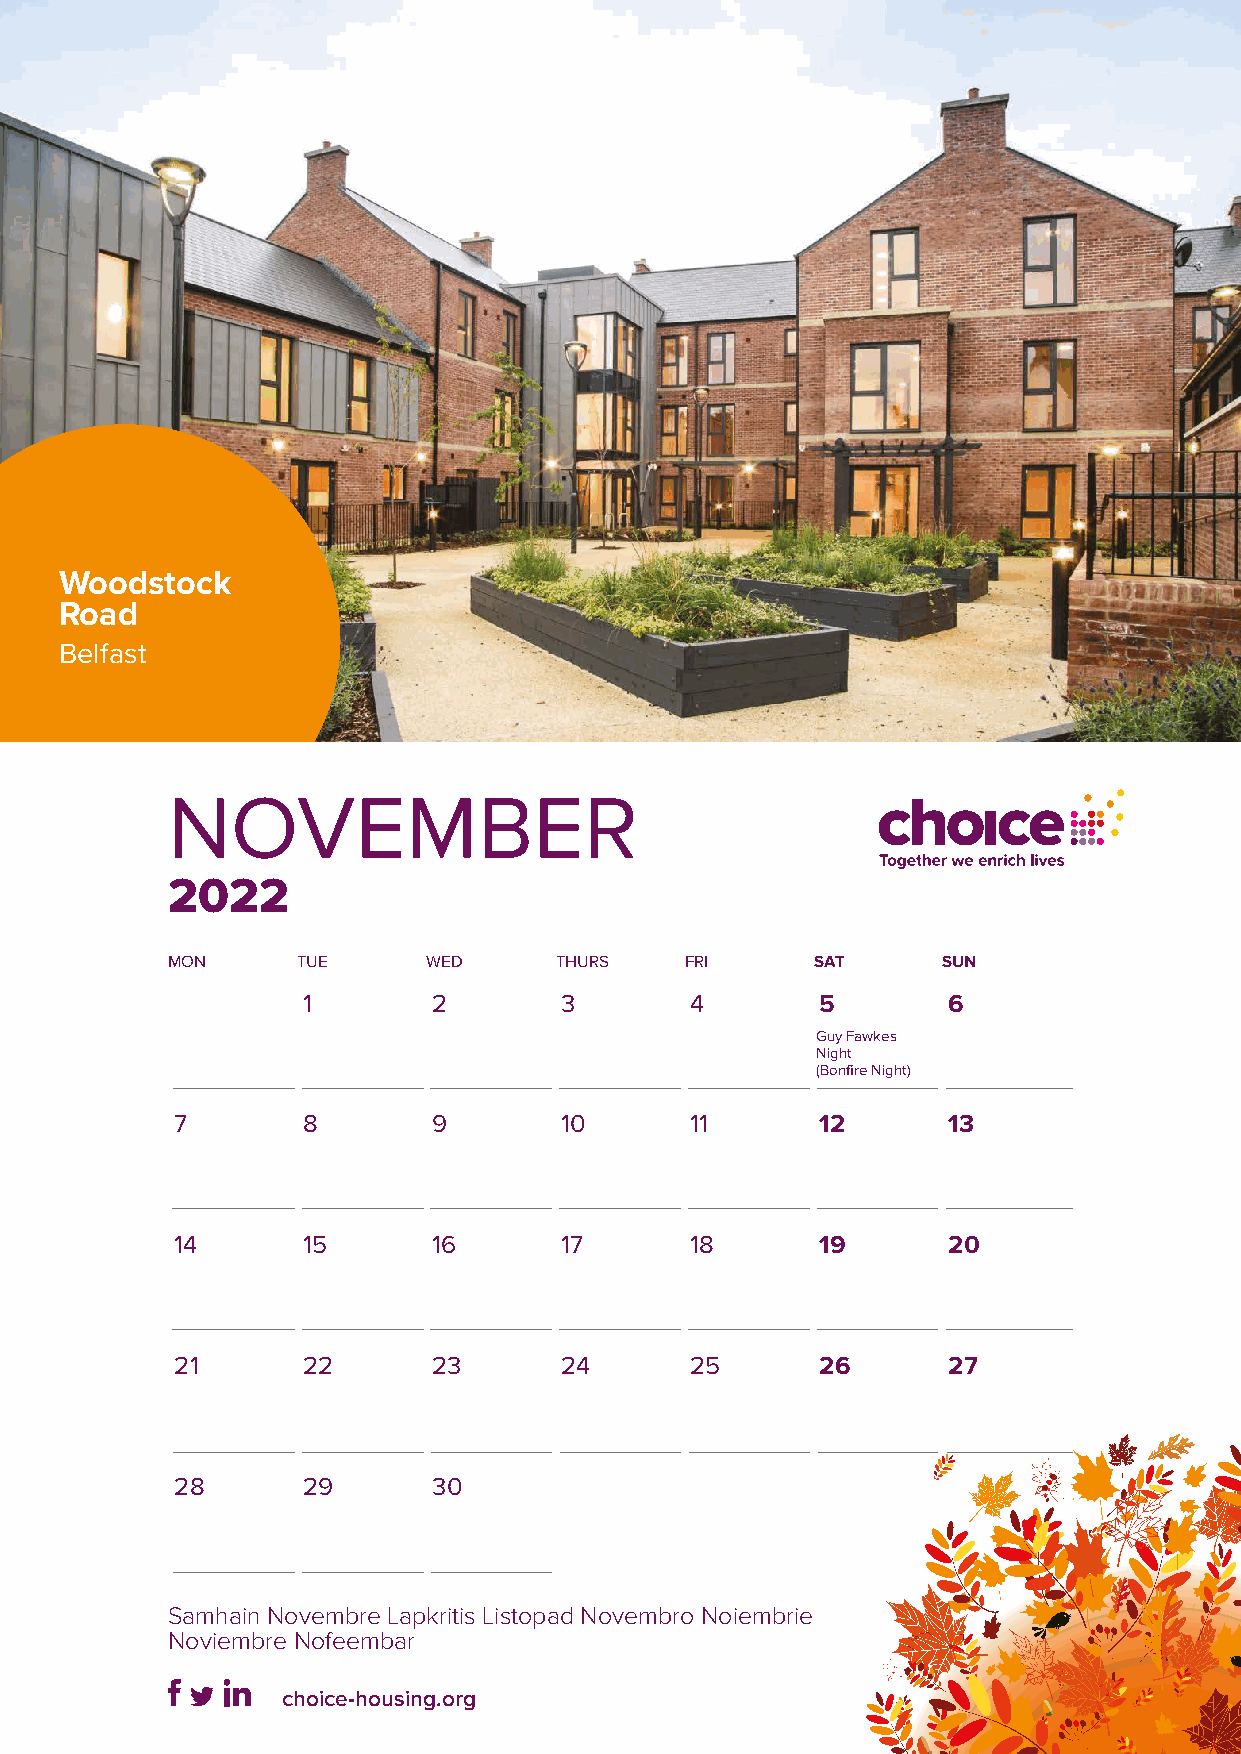
Woodstock
 Road
 Belfast
 NOVEMBER
 2022
 MON      TUE     WED      THURS   FRI      SAT     SUN
 1        2       3        4       5        6
 Guy Fawkes
 Night
 (Bonfire Night)
 7       8        9       10       11      12       13
 14      15       16      17       18      19       20
 21      22       23      24       25      26       27
 28      29       30
 Samhain Novembre Lapkritis Listopad Novembro Noiembrie
 Noviembre Nofeembar
 choice-housing.org